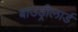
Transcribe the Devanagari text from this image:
बाउड्रीलार्ड